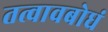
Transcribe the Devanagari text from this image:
तत्वावबोधं